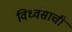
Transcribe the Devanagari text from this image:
विध्वंसाची